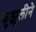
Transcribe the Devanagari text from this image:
फुझुलीने